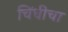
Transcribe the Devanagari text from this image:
चिंधीचा